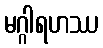
မဂ္ဂါရဟဿ